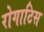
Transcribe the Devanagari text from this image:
रोगाटिस